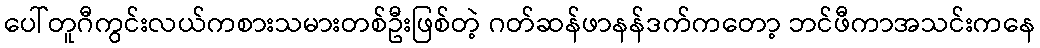
ပေါ်တူဂီကွင်းလယ်ကစားသမားတစ်ဦးဖြစ်တဲ့ ဂတ်ဆန်ဖာနန်ဒက်ကတော့ ဘင်ဖီကာအသင်းကနေ